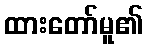
ထားတော်မူ၏